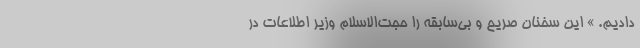
دادیم. » این سخنان صریح و بی‌سابقه را حجت‌الاسلام وزیر اطلاعات در